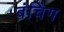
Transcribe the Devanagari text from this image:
बंचिंग